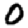
Digit: 0